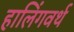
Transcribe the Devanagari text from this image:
हालिंगवर्थ